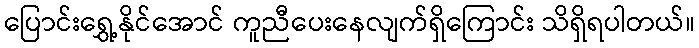
ပြောင်းရွှေ့နိုင်အောင် ကူညီပေးနေလျက်ရှိကြောင်း သိရှိရပါတယ်။